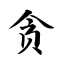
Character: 贪